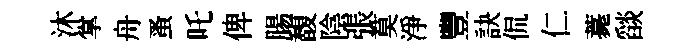
沐掌舟蚤吒俾腸馥陰張莫淨豐訣侃仁薧𦦨